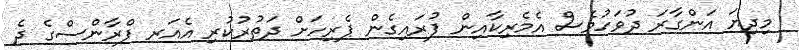
މިދިޔަ އަންގާރަ ދުވަހުވެސް އެމެރިކާއިން ފުރައިގެން ޕެރިހަށް ދަތުރުކުރި އެއަރ ފްރާންސްގެ ދެ